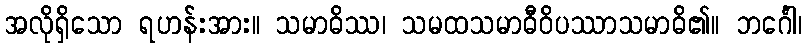
အလိုရှိသော ရဟန်းအား။ သမာဓိဿ၊ သမထသမာဓီဝိပဿာသမာဓိ၏။ ဘင်္ဂေါ၊